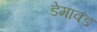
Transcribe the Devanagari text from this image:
डेमावंड